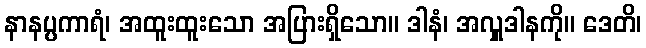
နာနပ္ပကာရံ၊ အထူးထူးသော အပြားရှိသော။ ဒါနံ၊ အလှူဒါနကို။ ဒေတိ၊